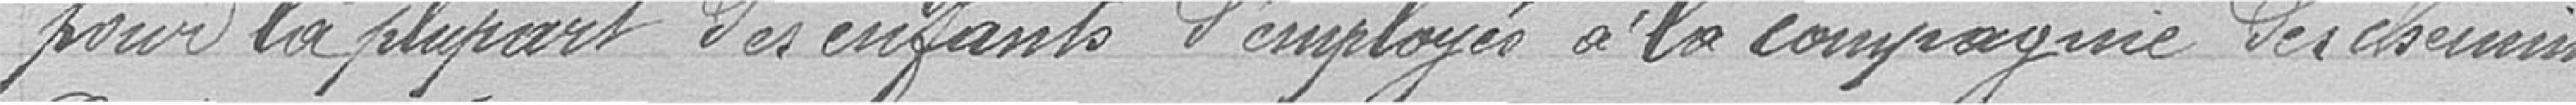
pour la plupart des enfants d'employés à la compagnie des chemins